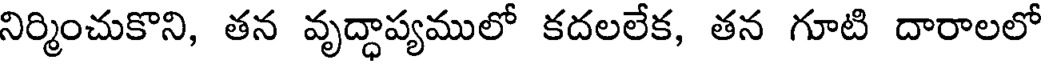
నిర్మించుకొని, తన వృద్ధాప్యములో కదలలేక, తన గూటి దారాలలో